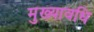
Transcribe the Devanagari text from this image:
मुख्यावधि